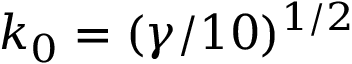
k _ { 0 } = ( \gamma / 1 0 ) ^ { 1 / 2 }